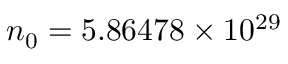
n _ { 0 } = 5 . 8 6 4 7 8 \times 1 0 ^ { 2 9 }